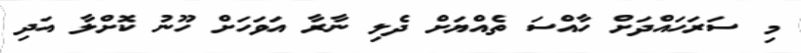
މި ސަރަހައްދަށް ހާއްސަ ތެއްޔަށް ދެލި ނާރާ އަވަހަށް ހޫނު ކޮށްލާ އަދި